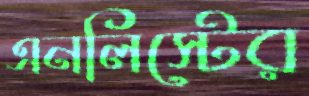
এনলিস্টের